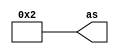
module Test2_3 (output [7:0] as);
   wire signed [7:0] 	b;
   wire signed [3:0] 	c;
   assign c=-1;  
   assign b=3;   
   assign as=b+c; 
endmodule